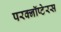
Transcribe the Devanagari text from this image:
परक्नॉप्टेरस